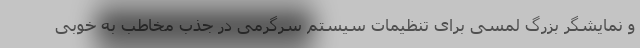
و نمایشگر بزرگ لمسی برای تنظیمات سیستم سرگرمی در جذب مخاطب به خوبی